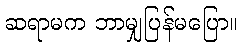
ဆရာမက ဘာမျှပြန်မပြော။